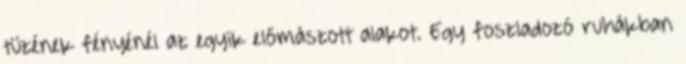
tüzének fényénél az egyik előmászott alakot. Egy foszladozó ruhákban